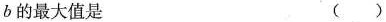
b的最大值是 ()